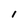
Character: l